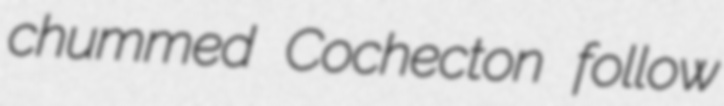
chummed Cochecton follow